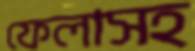
ফেলাসহ